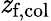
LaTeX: \mathit{z}_{\textrm{{f,col}}}